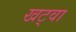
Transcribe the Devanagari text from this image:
खट्वा